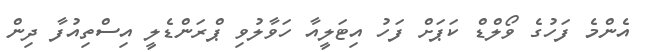
އެންމެ ފަހުގެ ވޯލްޑް ކަޕަށް ފަހު އިޓަލީއާ ހަވާލުވި ޕްރަންޑެލީ އިސްތިއުފާ ދިން